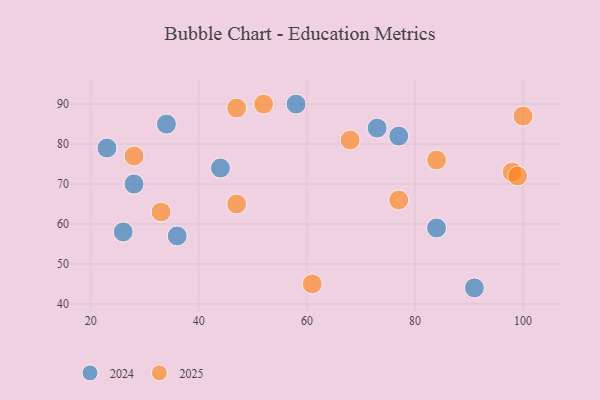
{"axis": {"x": "GDP", "y": "Life Expectancy"}, "legend": ["2024", "2025"], "data": [{"x": "58", "y": 90, "type": "2024"}, {"x": "73", "y": 84, "type": "2024"}, {"x": "23", "y": 79, "type": "2024"}, {"x": "34", "y": 85, "type": "2024"}, {"x": "36", "y": 57, "type": "2024"}, {"x": "44", "y": 74, "type": "2024"}, {"x": "91", "y": 44, "type": "2024"}, {"x": "77", "y": 82, "type": "2024"}, {"x": "84", "y": 59, "type": "2024"}, {"x": "26", "y": 58, "type": "2024"}, {"x": "28", "y": 70, "type": "2024"}, {"x": "47", "y": 89, "type": "2025"}, {"x": "98", "y": 73, "type": "2025"}, {"x": "52", "y": 90, "type": "2025"}, {"x": "68", "y": 81, "type": "2025"}, {"x": "33", "y": 63, "type": "2025"}, {"x": "100", "y": 87, "type": "2025"}, {"x": "99", "y": 72, "type": "2025"}, {"x": "77", "y": 66, "type": "2025"}, {"x": "84", "y": 76, "type": "2025"}, {"x": "47", "y": 65, "type": "2025"}, {"x": "28", "y": 77, "type": "2025"}, {"x": "61", "y": 45, "type": "2025"}]}